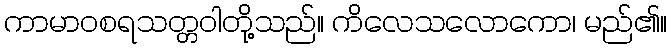
ကာမာဝစရသတ္တဝါတို့သည်။ ကိလေသလောကော၊ မည်၏။